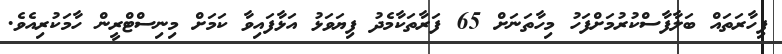
ފިހާރަތައް ބަލާފާސްކުރުމަށްފަހު މިހާތަނަށް 65 ފަރާތަކާމެދު ފިޔަވަޅު އަޅާފައިވާ ކަމަށް މިނިސްޓްރީން ހާމަކުރިއެވެ.